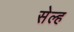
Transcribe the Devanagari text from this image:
सेल्‍ह